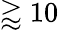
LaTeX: \gtrapprox 10